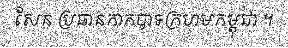
សែន ប្រធានកាកបាទក្រហមកម្ពុជា ។